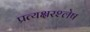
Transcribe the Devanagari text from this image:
प्रत्यक्षरश्लेष